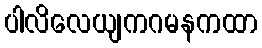
ပါလိလေယျကဂမနကထာ